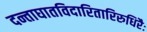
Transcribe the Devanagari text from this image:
दन्ताघातविदारितारिरुधिरैः